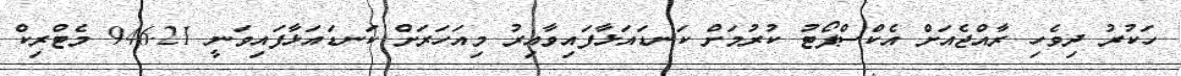
ހަކުރު ދިވެހި ރާއްޖެއަށް އެކްސްޕޯޓު ކުރުމަށް ކަނޑައަޅާފައިވާއިރު މިއަހަރަށް ކަނޑައަޅާފައިވަނީ 946.21 މެޓްރިކް